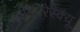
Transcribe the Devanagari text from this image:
वीयररेस्क्यू